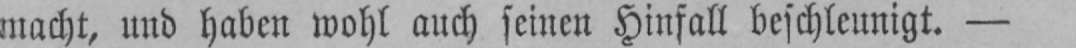
macht, und haben wohl auch seinen Hinfall beschleunigt. -